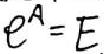
$e^{A}=E$